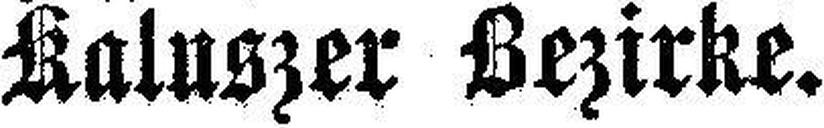
Kaluszer Bezirke.